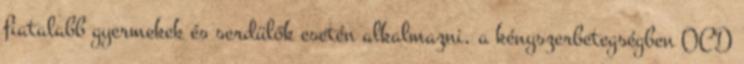
fiatalabb gyermekek és serdülők esetén alkalmazni, a kényszerbetegségben OCD